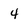
Character: 4